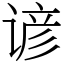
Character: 谚